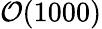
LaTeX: \mathcal{O}(1000)